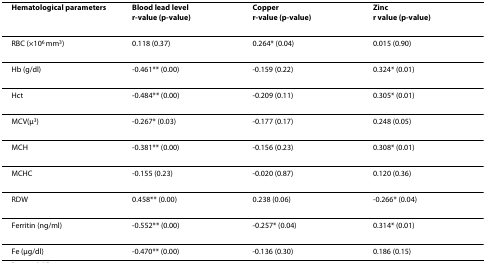
<table><thead><tr><td><b>Hematological parameters</b></td><td><b>Blood lead levelr-value (p-value)</b></td><td><b>Copperr-value (p-value)</b></td><td><b>Zincr value (p-value)</b></td></tr></thead><tbody><tr><td>RBC (×10<sup>6 </sup>mm<sup>3</sup>)</td><td>0.118 (0.37)</td><td>0.264* (0.04)</td><td>0.015 (0.90)</td></tr><tr><td>Hb (g/dl)</td><td>-0.461** (0.00)</td><td>-0.159 (0.22)</td><td>0.324* (0.01)</td></tr><tr><td>Hct</td><td>-0.484** (0.00)</td><td>-0.209 (0.11)</td><td>0.305* (0.01)</td></tr><tr><td>MCV(μ<sup>3</sup>)</td><td>-0.267* (0.03)</td><td>-0.177 (0.17)</td><td>0.248 (0.05)</td></tr><tr><td>MCH</td><td>-0.381** (0.00)</td><td>-0.156 (0.23)</td><td>0.308* (0.01)</td></tr><tr><td>MCHC</td><td>-0.155 (0.23)</td><td>-0.020 (0.87)</td><td>0.120 (0.36)</td></tr><tr><td>RDW</td><td>0.458** (0.00)</td><td>0.238 (0.06)</td><td>-0.266* (0.04)</td></tr><tr><td>Ferritin (ng/ml)</td><td>-0.552** (0.00)</td><td>-0.257* (0.04)</td><td>0.314* (0.01)</td></tr><tr><td>Fe (μg/dl)</td><td>-0.470** (0.00)</td><td>-0.136 (0.30)</td><td>0.186 (0.15)</td></tr></tbody></table>